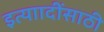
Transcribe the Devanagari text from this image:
इत्याादींसाठी